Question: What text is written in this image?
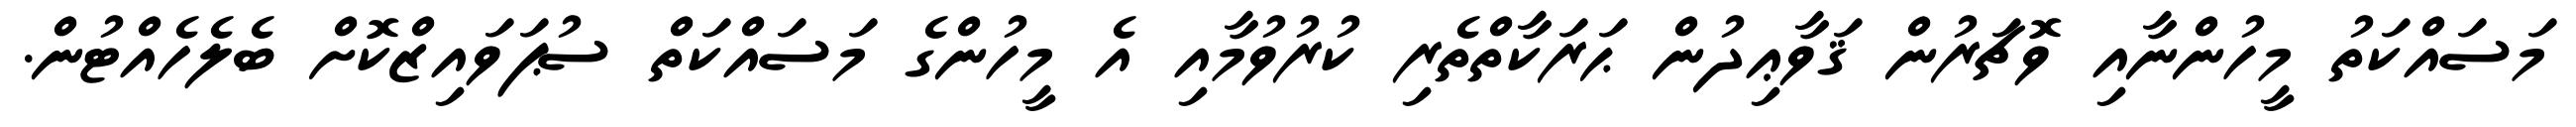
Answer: މަސައްކަތު މީހުންނާއި ވޮޗަރުން ޤަވާޢިދުން ޙަރަކާތްތެރި ކުރުވުމާއި އެ މީހުންގެ މަސައްކަތް ސުޕަވައިޒްކޮށް ބެލެހެއްޓުން.